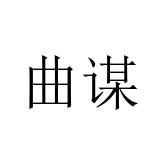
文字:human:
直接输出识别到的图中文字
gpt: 曲谋